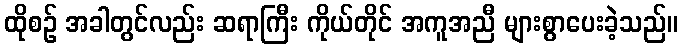
ထိုစဉ် အခါတွင်လည်း ဆရာကြီး ကိုယ်တိုင် အကူအညီ များစွာပေးခဲ့သည်။